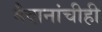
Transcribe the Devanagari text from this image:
मैदानांचीही